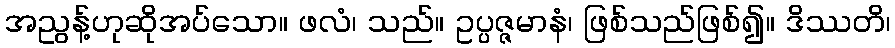
အညွန့်ဟုဆိုအပ်သော။ ဖလံ၊ သည်။ ဥပ္ပဇ္ဇမာနံ၊ ဖြစ်သည်ဖြစ်၍။ ဒိဿတိ၊